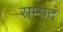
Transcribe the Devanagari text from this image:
सम्पदं